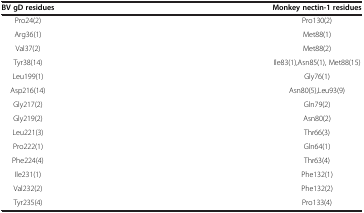
| BV gD residues | Monkey nectin-1 residues |
 | --- | --- |
 | Pro24(2) | Pro130(2) |
 | Arg36(1) | Met88(1) |
 | Val37(2) | Met88(2) |
 | Tyr38(14) | Ile83(1),Asn85(1), Met88(15) |
 | Leu199(1) | Gly76(1) |
 | Asp216(14) | Asn80(5),Leu93(9) |
 | Gly217(2) | Gln79(2) |
 | Gly219(2) | Asn80(2) |
 | Leu221(3) | Thr66(3) |
 | Pro222(1) | Gln64(1) |
 | Phe224(4) | Thr63(4) |
 | Ile231(1) | Phe132(1) |
 | Val232(2) | Phe132(2) |
 | Tyr235(4) | Pro133(4) |